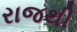
રાજથી